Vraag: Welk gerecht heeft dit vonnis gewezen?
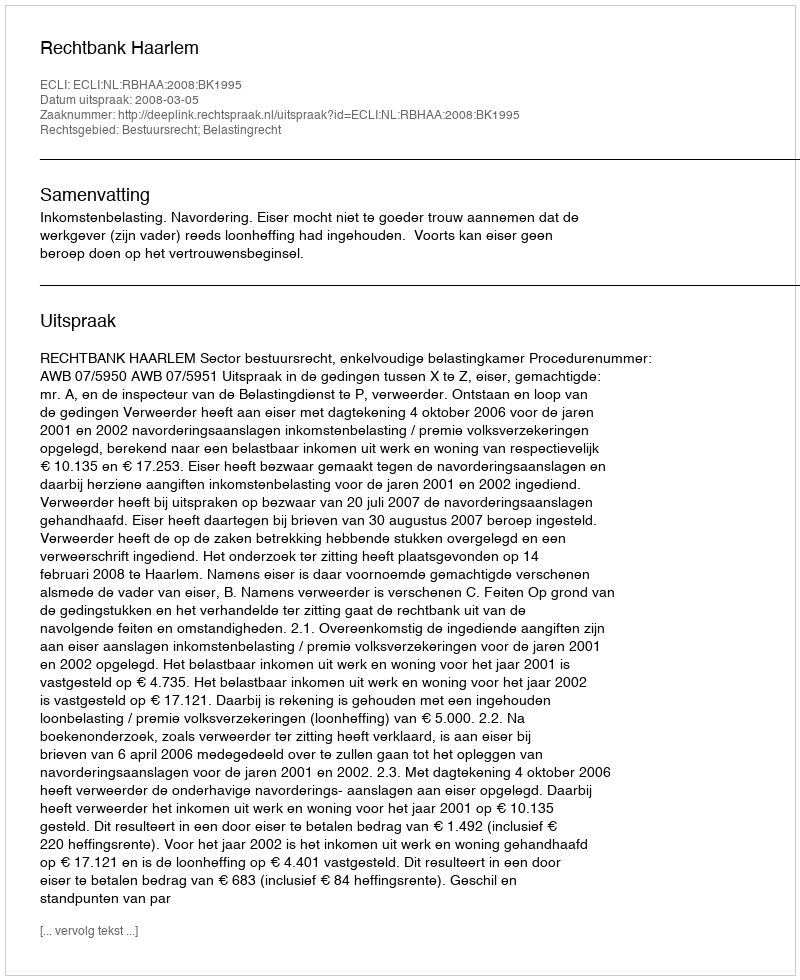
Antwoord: Rechtbank Haarlem